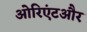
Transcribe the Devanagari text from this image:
ओरिएंटऔर